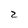
Character: 2